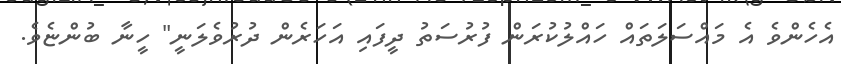
އެހެންވެ އެ މައްސަލަތައް ހައްލުކުރަން ފުރުސަތު ދީފައި އަހަރެން ދުރުވެލަނީ" ހީނާ ބުންޏެވެ.